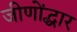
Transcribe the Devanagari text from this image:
जीणोंद्धार